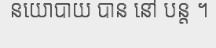
នយោបាយ បាន នៅ បន្ត ។